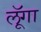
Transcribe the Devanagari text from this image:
लूॅगा